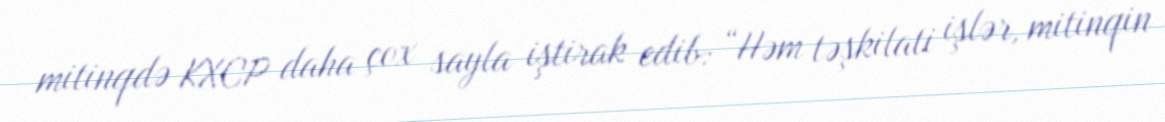
mitinqdə KXCP daha çox sayla iştirak edib: “Həm təşkilati işlər, mitinqin